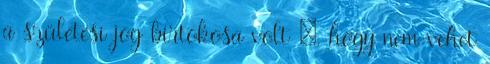
a születési jog birtokosa volt –, hogy nem vehet